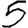
Digit: 5